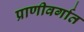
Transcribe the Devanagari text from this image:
प्राणीवर्गात